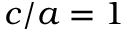
c / a = 1